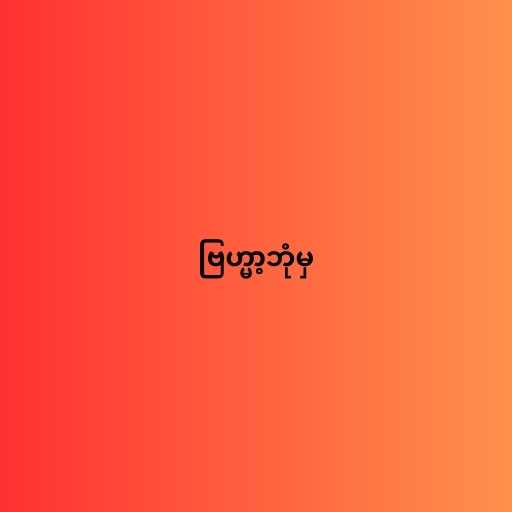
ဗြဟ္မာ့ဘုံမှ